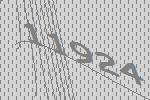
11924